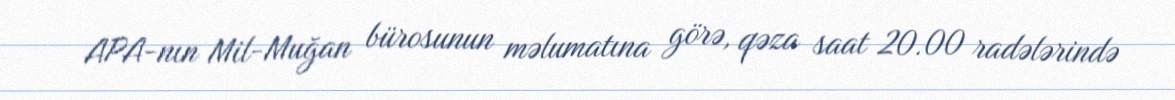
APA-nın Mil-Muğan bürosunun məlumatına görə, qəza saat 20.00 radələrində